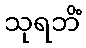
သုရဘိံ